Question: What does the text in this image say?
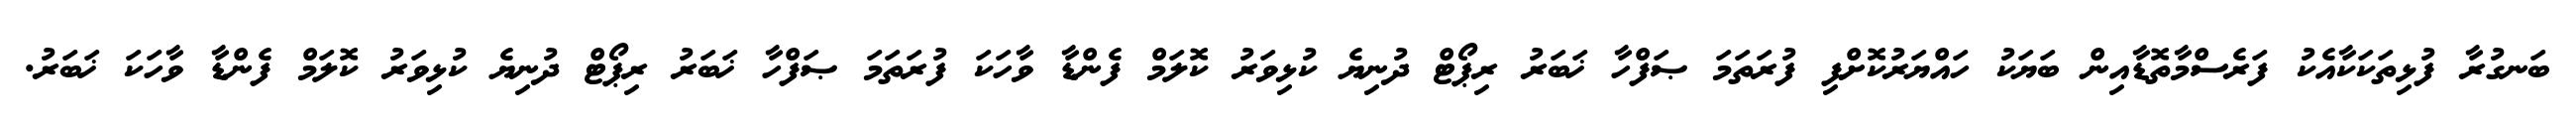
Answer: ބަނގުރާ ފުޅިތަކަކާއެކު ފަރެސްމާތޮޑާއިން ބަޔަކު ހައްޔަރުކޮށްފި ފުރަތަމަ ޞަފްހާ ޚަބަރު ރިޕޯޓް ދުނިޔެ ކުޅިވަރު ކޮލަމް ފެންޑާ ވާހަކަ ފުރަތަމަ ޞަފްހާ ޚަބަރު ރިޕޯޓް ދުނިޔެ ކުޅިވަރު ކޮލަމް ފެންޑާ ވާހަކަ ޚަބަރު.